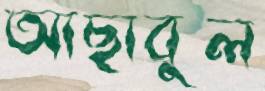
আছাবুল